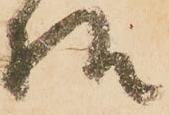
様